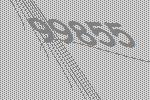
99855